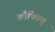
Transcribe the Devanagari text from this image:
कौक्तियु